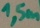
Text: 1,5m